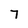
Character: 7